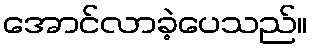
အောင်လာခဲ့ပေသည်။